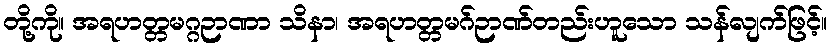
တို့ကို။ အရဟတ္တမဂ္ဂဉာဏာ သိနာ၊ အရဟတ္တမဂ်ဉာဏ်တည်းဟူသော သန်လျက်ဖြင့်။